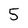
Character: 5